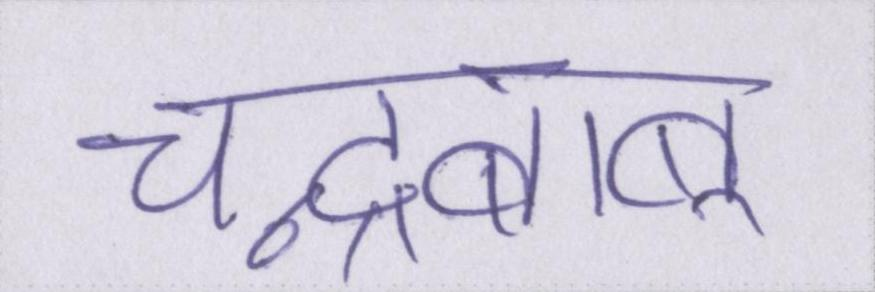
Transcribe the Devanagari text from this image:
चन्द्रबाबू